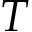
T